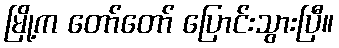
မြို့က တော်တော် ပြောင်းသွားပြီ။